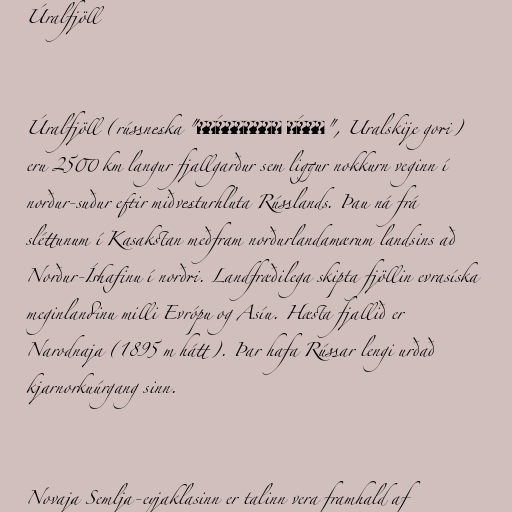
Úralfjöll

Úralfjöll (rússneska "Ура́льские го́ры", Uralskije gori)
eru 2500 km langur fjallgarður sem liggur nokkurn veginn í
norður-suður eftir miðvesturhluta Rússlands. Þau ná frá
sléttunum í Kasakstan meðfram norðurlandamærum landsins að
Norður-Íshafinu í norðri. Landfræðilega skipta fjöllin evrasíska
meginlandinu milli Evrópu og Asíu. Hæsta fjallið er
Narodnaja (1895 m hátt). Þar hafa Rússar lengi urðað
kjarnorkuúrgang sinn.

Novaja Semlja-eyjaklasinn er talinn vera framhald af